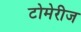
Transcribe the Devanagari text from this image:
टोमेरीज